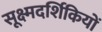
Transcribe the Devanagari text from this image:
सूक्ष्मदर्शिकियों